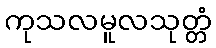
ကုသလမူလသုတ္တံ